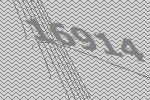
16914